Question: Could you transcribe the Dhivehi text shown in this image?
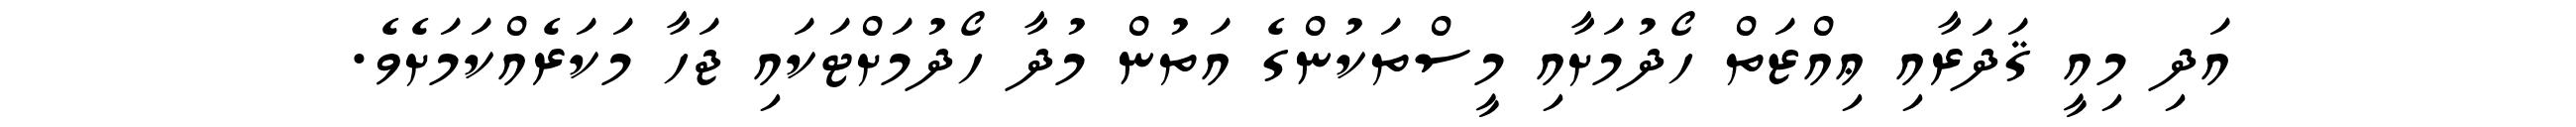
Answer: އަދި މިއީ ޤަދަރާއި ޢިއްޒަތް ހޯދުމަށާއި މީސްތަކުންގެ އަތުން މުދާ ހޯދުމަށްޓަކައި ޖަހާ މަކަރެއްކަމަށެވެ.